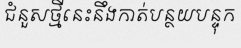
ជំនួសថ្មីនេះនឹងកាត់បន្ថយបន្ទុក